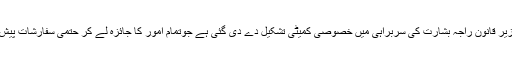
صوبائی وزیر قانون راجہ بشارت کی سربراہی میں خصوصی کمیٹی تشکیل دے دی گئی ہے جوتمام امور کا جائزہ لے کر حتمی سفارشات پیش کرے گی۔